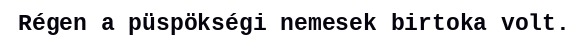
Régen a püspökségi nemesek birtoka volt.